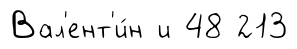
Вал'ент'и́н и 48 213